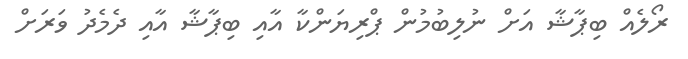
ރޯލެއް ބިޕާޝާ އަށް ނުލިބުމުން ޕްރިޔަންކާ އާއި ބިޕާޝާ އާއި ދެމެދު ވަރަށް